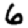
Digit: 6